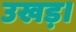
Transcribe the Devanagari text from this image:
उखड़।